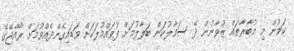
ކަމުން މި މުބާރާތައް ޒުވާނުން ދޭ ސަމާލުކަން ބަލާލުމަށް ފުވައްމުލަކަށް ވަޑައިގެންދެއްވުމަށް ރާއްޖޭގެ